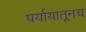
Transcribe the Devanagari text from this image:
पर्यायातूनच